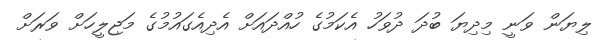
ލިޔަން ވަނީ މިދިޔަ ބުދަ ދުވަހު އެކަމުގެ ހުއްދައަށް އެދިއެގައުމުގެ މަޖިލީހަށް ވަރަށް